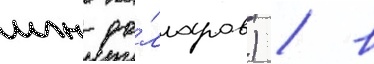
млн до́лларов) / в